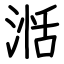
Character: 湉